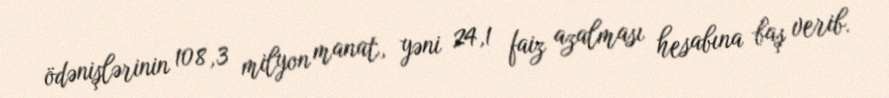
ödənişlərinin 108,3 milyon manat, yəni 24,1 faiz azalması hesabına baş verib.